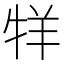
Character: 䍧